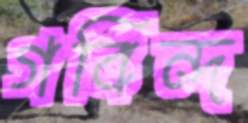
গবিন্দ